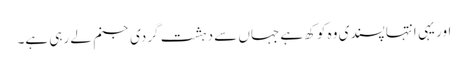
اور یہی انتہا پسندی وہ کوکھ ہے جہاں سے دہشت گردی جنم لے رہی ہے۔